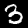
Label: 3